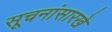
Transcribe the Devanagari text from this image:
सूचनांसारखे